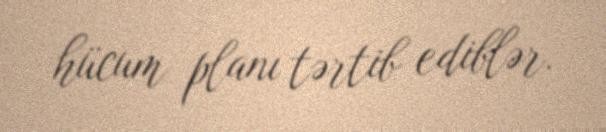
hücum planı tərtib ediblər.